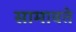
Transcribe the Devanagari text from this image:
सामावते